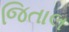
જિતાલ